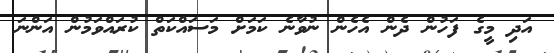
އަދި މީގެ ފަހުން ދެން އެހެން ނުވާނެ ކަމަށް މަސައްކަތް ކުރައްވަމުން އަންނަ